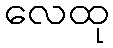
လေထု